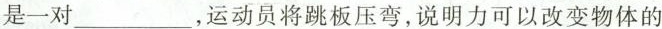
是一对___，运动员将跳板压弯，说明力可以改变物体的